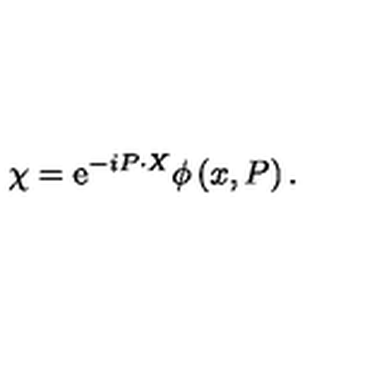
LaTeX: \chi = \mathrm { e } ^ { - i P \cdot X } \phi \left( x , P \right) .